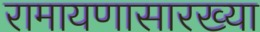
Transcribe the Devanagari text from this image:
रामायणासारख्या